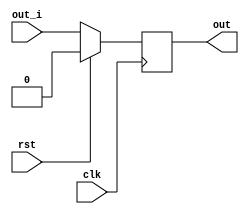
module port_out

(
    input       clk,
    input       rst,
    input       out_i,
    output reg  out
);

always @(negedge clk)
    begin
        if(rst)
        out <= 0;
        else
        out <= out_i;
    end
endmodule